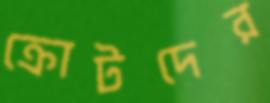
ক্রোটদের